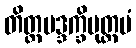
တိတ္ထမဒ္ဒက္ခိမုတ္တမံ